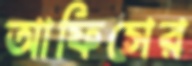
আফিসের